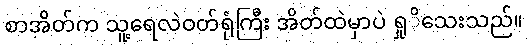
စာအိတ်က သူ့ရေလဲဝတ်ရုံကြီး အိတ်ထဲမှာပဲ ရှုိသေးသည်။